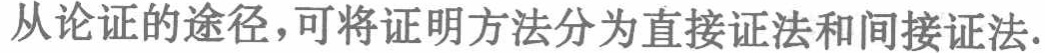
从论证的途径，可将证明方法分为直接证法和间接证法.